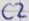
Text: C2